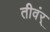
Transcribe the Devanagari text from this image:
तीवंर्